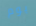
يوم